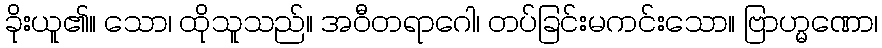
ခိုးယူ၏။ သော၊ ထိုသူသည်။ အဝီတရာဂေါ၊ တပ်ခြင်းမကင်းသော။ ဗြာဟ္မဏော၊